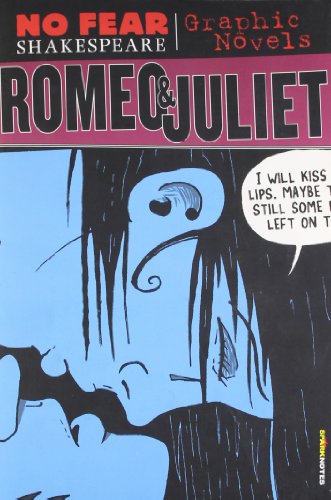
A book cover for Romeo and Juliet (No Fear Shakespeare Graphic Novels) (No Fear Shakespeare Illustrated); SparkNotes; Comics & Graphic Novels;